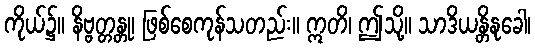
ကိုယ်၌။ နိဗ္ဗတ္တန္တု၊ ဖြစ်စေကုန်သတည်း။ ဣတိ၊ ဤသို့။ သာဒိယန္တိနုခေါ၊